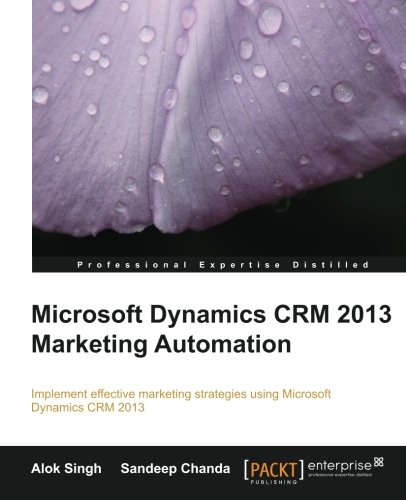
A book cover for Microsoft Dynamics CRM 2013 Marketing Automation; Alok Singh; Computers & Technology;